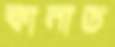
কানাড